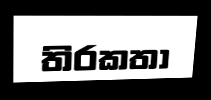
තිරකතා